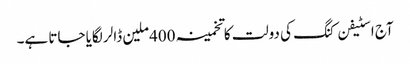
آج اسٹیفن کنگ کی دولت کا تخمینہ 400ملین ڈالر لگایا جاتا ہے۔